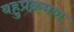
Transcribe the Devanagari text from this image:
बहुप्रक्रमण